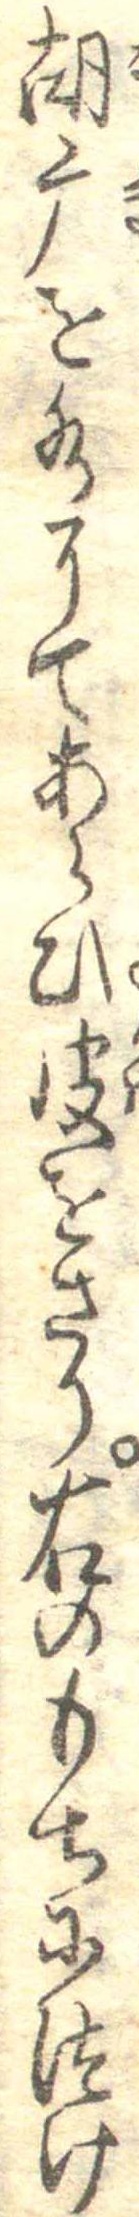
胡麻を水にてあらひ皮をさり右のもちにつけ